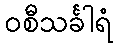
ဝစီသင်္ခါရံ